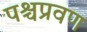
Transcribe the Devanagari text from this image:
पश्चप्रवण